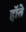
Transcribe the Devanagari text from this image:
हॉते